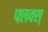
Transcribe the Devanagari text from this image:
फ्लक्स्